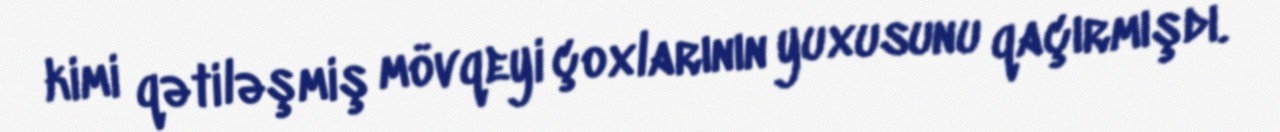
kimi qətiləşmiş mövqeyi çoxlarının yuxusunu qaçırmışdı.